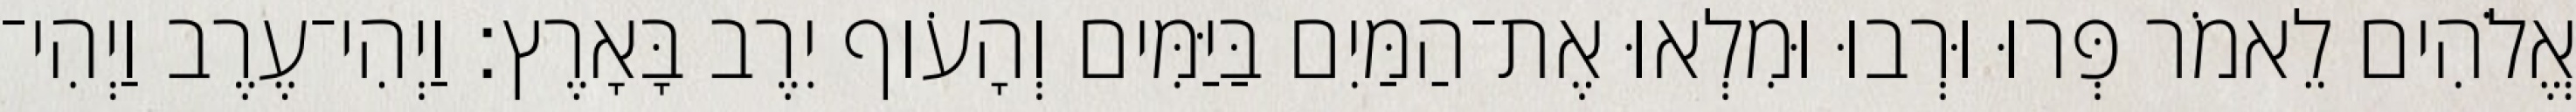
אֱלֹהִים לֵאמֹר פְּרוּ וּרְבוּ וּמִלְאוּ אֶת־הַמַּיִם בַּיַּמִּים וְהָעֹוף יִרֶב בָּאָרֶץ׃ וַיְהִי־עֶרֶב וַיְהִי־